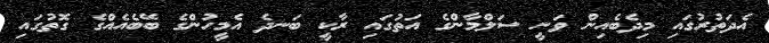
އެދަތުރުގައި މިދެބެއިން ވަނީ ސަލްމާންގެ އަތުގައި ރާކީ ބަނދެ އެމީހުންގެ ބޭބެއެއްގެ ގޮތުގައި